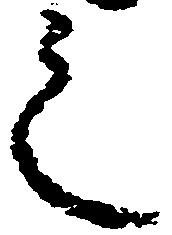
之